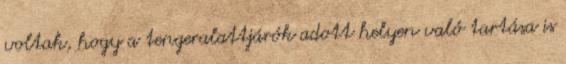
voltak, hogy a tengeralattjárók adott helyen való tartása is